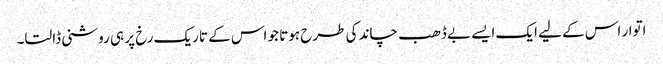
اتوار اس کے لیے ایک ایسے بے ڈھب چاند کی طرح ہوتا جو اس کے تاریک رخ پر ہی روشنی ڈالتا۔